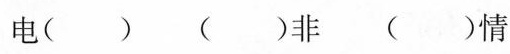
电( ) ( )非 ( )情